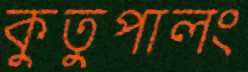
কুতুপালং